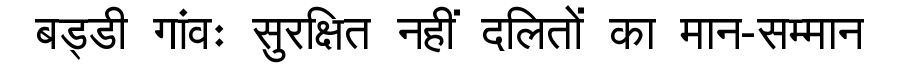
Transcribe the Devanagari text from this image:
बड्डी गांवः सुरक्षित नहीं दलितों का मान-सम्मान